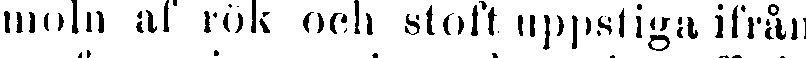
moln af rök och stoft uppstiga ifrån